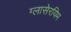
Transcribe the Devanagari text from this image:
ग्लासेरयिम